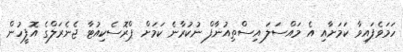
ހަމަވެފައިވާ ކަމަށާއި އެ މައްސަލަ އިސްތިއުނާފް ނުކުރާނެ ކަމަށް ޕްރޮސެކިއުޓާ ޖެނެރަލްގެ އޮފީހުން